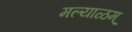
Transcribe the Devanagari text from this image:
मल्याळम्